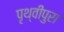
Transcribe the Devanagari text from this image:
पृथ्वीपुरा